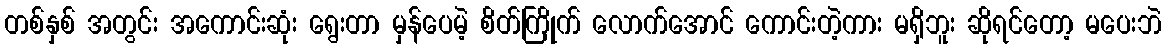
တစ်နှစ် အတွင်း အကောင်းဆုံး ရွေးတာ မှန်ပေမဲ့ စိတ်ကြိုက် လောက်အောင် ကောင်းတဲ့ကား မရှိဘူး ဆိုရင်တော့ မပေးဘဲ